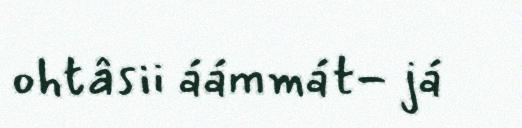
ohtâsii áámmát- já